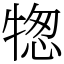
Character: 㹅